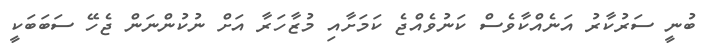
ބުނީ ސަރުކާރު އަނެއްކާވެސް ކަނުވެއްޖެ ކަމަށާއި މުޒާހަރާ އަށް ނުކުންނަން ޖެހޭ ސަބަބަކީ